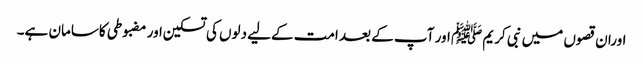
اوران قصوں میں نبی کریم ﷺ اور آپ کے بعد امت کےلیے دلوں کی تسکین اور مضبوطی کاسامان ہے۔